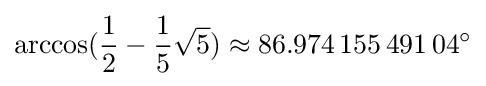
\arccos({\frac {1}{2}}-{\frac {1}{5}}{\sqrt {5}})\approx 86.974\,155\,491\,04^{\circ }